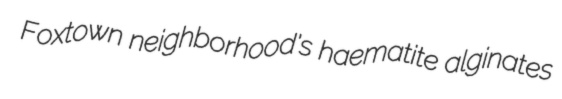
Foxtown neighborhood's haematite alginates